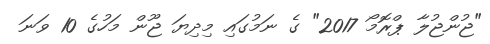
"ޖުންޖުލާ ޕްރޮމޯ 2017" ގެ ނަމުގައި މިދިޔަ ޖޫން މަހުގެ 10 ވަނަ